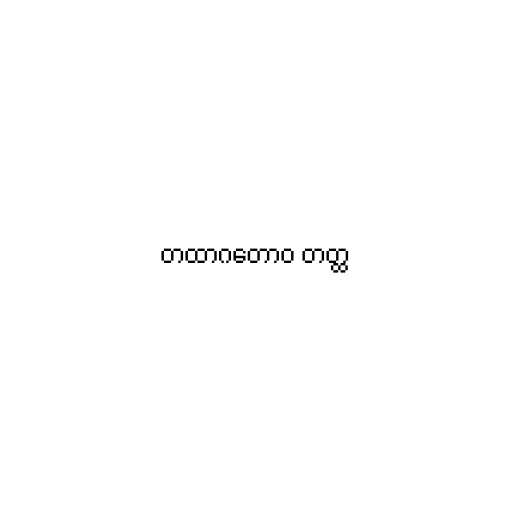
တထာဂတောဝ တတ္ထ